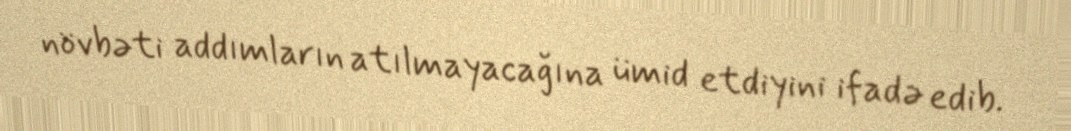
növbəti addımların atılmayacağına ümid etdiyini ifadə edib.